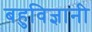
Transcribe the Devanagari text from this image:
बहुविज्ञानी